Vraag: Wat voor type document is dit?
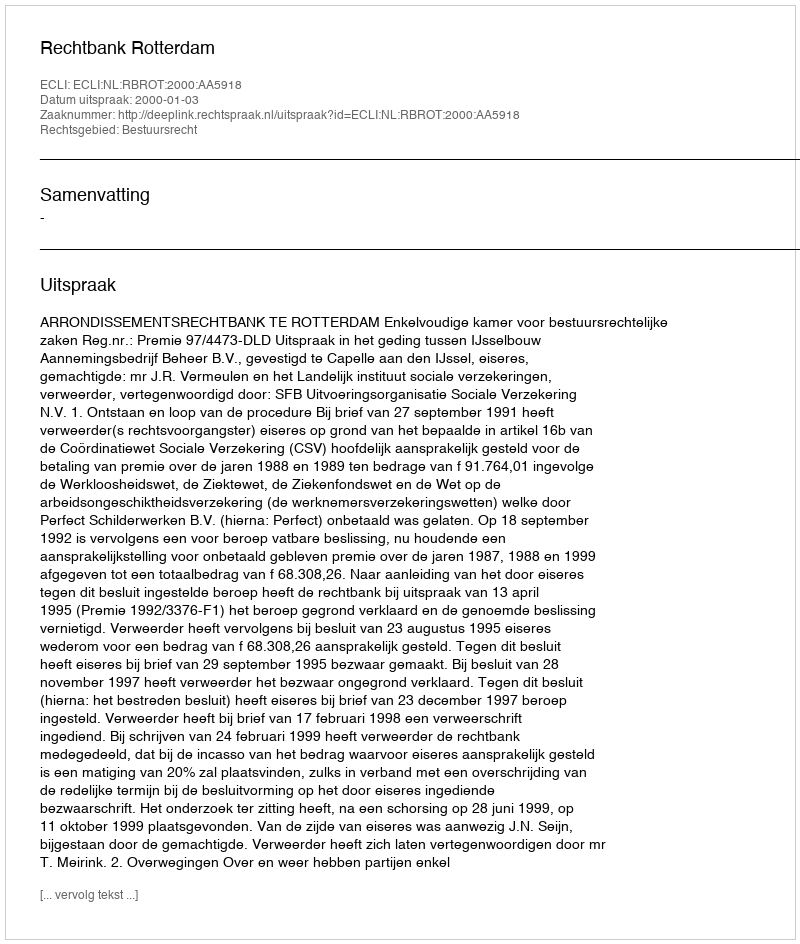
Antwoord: Uitspraak